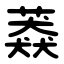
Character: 䔸